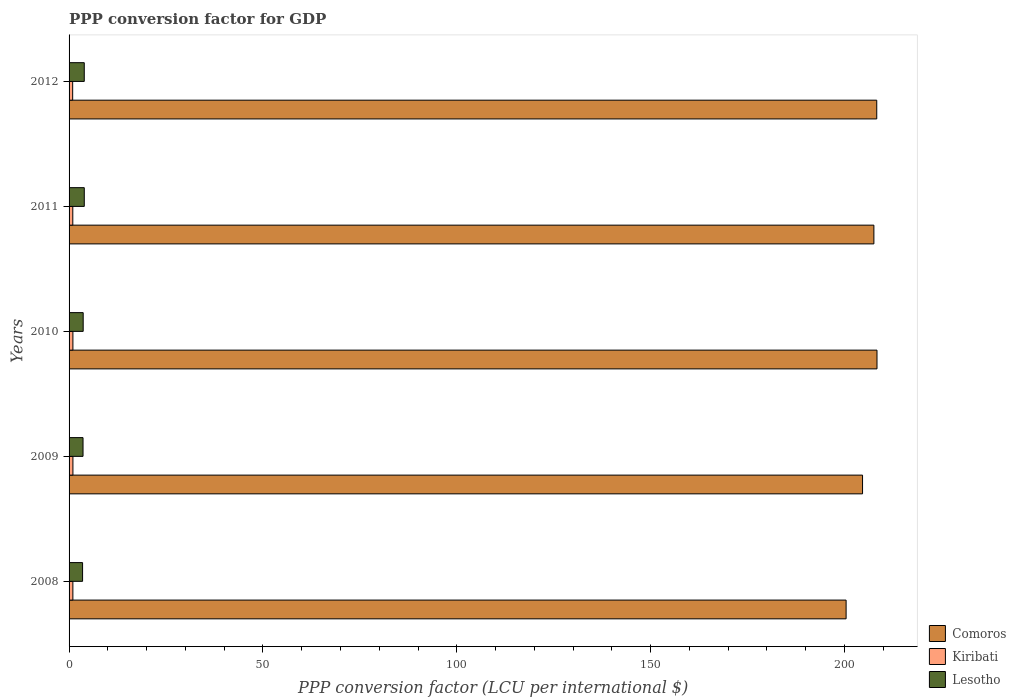
| Years | Comoros | Kiribati | Lesotho |
 | --- | --- | --- | --- |
 | 2008 | 200 | 0.98 | 3.48 |
 | 2009 | 205 | 0.991 | 3.6 |
 | 2010 | 208 | 0.99 | 3.64 |
 | 2011 | 208 | 0.962 | 3.92 |
 | 2012 | 208 | 0.93 | 3.92 |